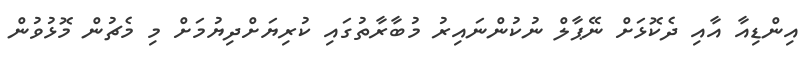
އިންޑިއާ އާއި ދެކޮޅަށް ނޭޕާލް ނުކުންނައިރު މުބާރާތުގައި ކުރިޔަށްދިޔުމަށް މި މެޗުން މޮޅުވުން